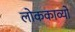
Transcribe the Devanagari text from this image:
लोककाव्यों